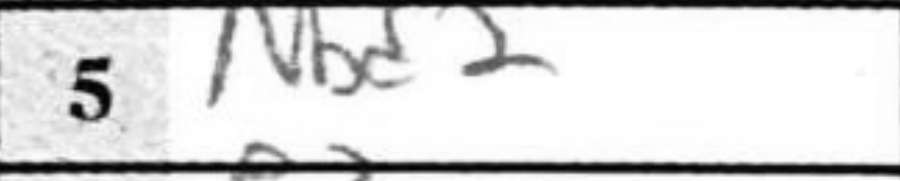
Transcription: Nbd2